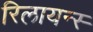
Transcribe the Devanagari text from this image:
रिलायन्स्‍